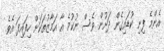
އެންމެ ފިނި ކުޑައިގެން ދަށުން ވެސް ނުކުމެ އާ އަމާޒުތަކަށް ހިފައިފަ އެވެ.